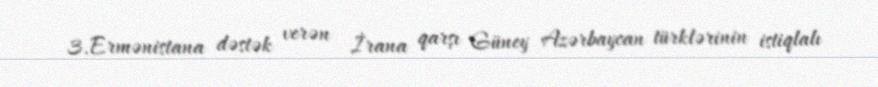
3.Ermənistana dəstək verən İrana qarşı Güney Azərbaycan türklərinin istiqlalı